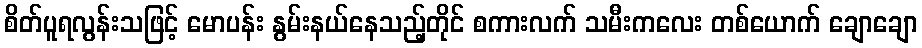
စိတ်ပူရလွန်းသဖြင့် မောပန်း နွမ်းနယ်နေသည့်တိုင် စကားလက် သမီးကလေး တစ်ယောက် ချောချော